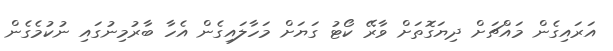
އަރައިގެން މައްޗަށް ދިޔަގޮތަށް ވާރޭ ކޯޓު ގަޔަށް މަހާލައިގެން އެހާ ބާރުމިނުގައި ނުކުމެގެން